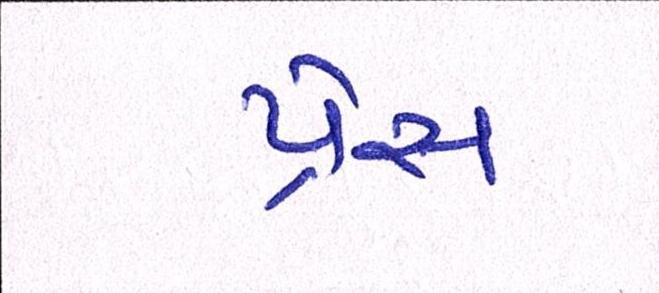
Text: પ્રેસ